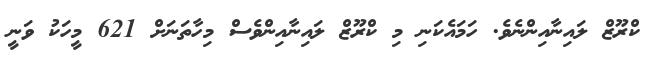
ކްރޫޒް ލައިނާއިންނެވެ. ހަމައެކަނި މި ކްރޫޒް ލައިނާއިންވެސް މިހާތަނަށް 621 މީހަކު ވަނީ